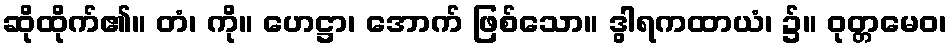
ဆိုထိုက်၏။ တံ၊ ကို။ ဟေဋ္ဌာ၊ အောက် ဖြစ်သော။ ဒွါရကထာယံ၊ ၌။ ဝုတ္တမေဝ၊